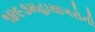
૧૪૯૩મહાસાગરોની